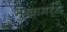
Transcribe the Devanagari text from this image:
मुखामध्ये